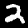
Digit: 2